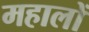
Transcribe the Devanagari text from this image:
महालों